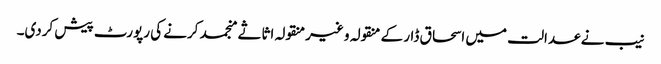
نیب نے عدالت میں اسحاق ڈار کے منقولہ و غیرمنقولہ اثاثے منجمد کرنے کی رپورٹ پیش کردی۔